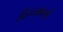
વિકસાવતી